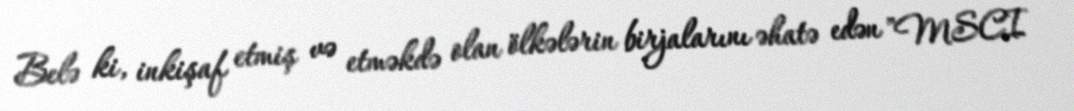
Belə ki, inkişaf etmiş və etməkdə olan ölkələrin birjalarını əhatə edən ”MSCI